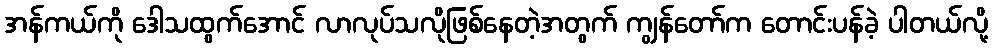
အန်ကယ်ကို ဒေါသထွက်အောင် လာလုပ်သလိုဖြစ်နေတဲ့အတွက် ကျွန်တော်က တောင်းပန်ခဲ့ ပါတယ်လို့